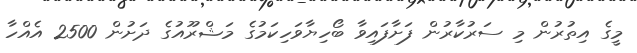
މީގެ އިތުރުން މި ސަރުކާރުން ފަށާފައިވާ ބޯހިޔާވަހިކަމުގެ މަޝްރޫއުގެ ދަށުން 2500 އެއްހާ